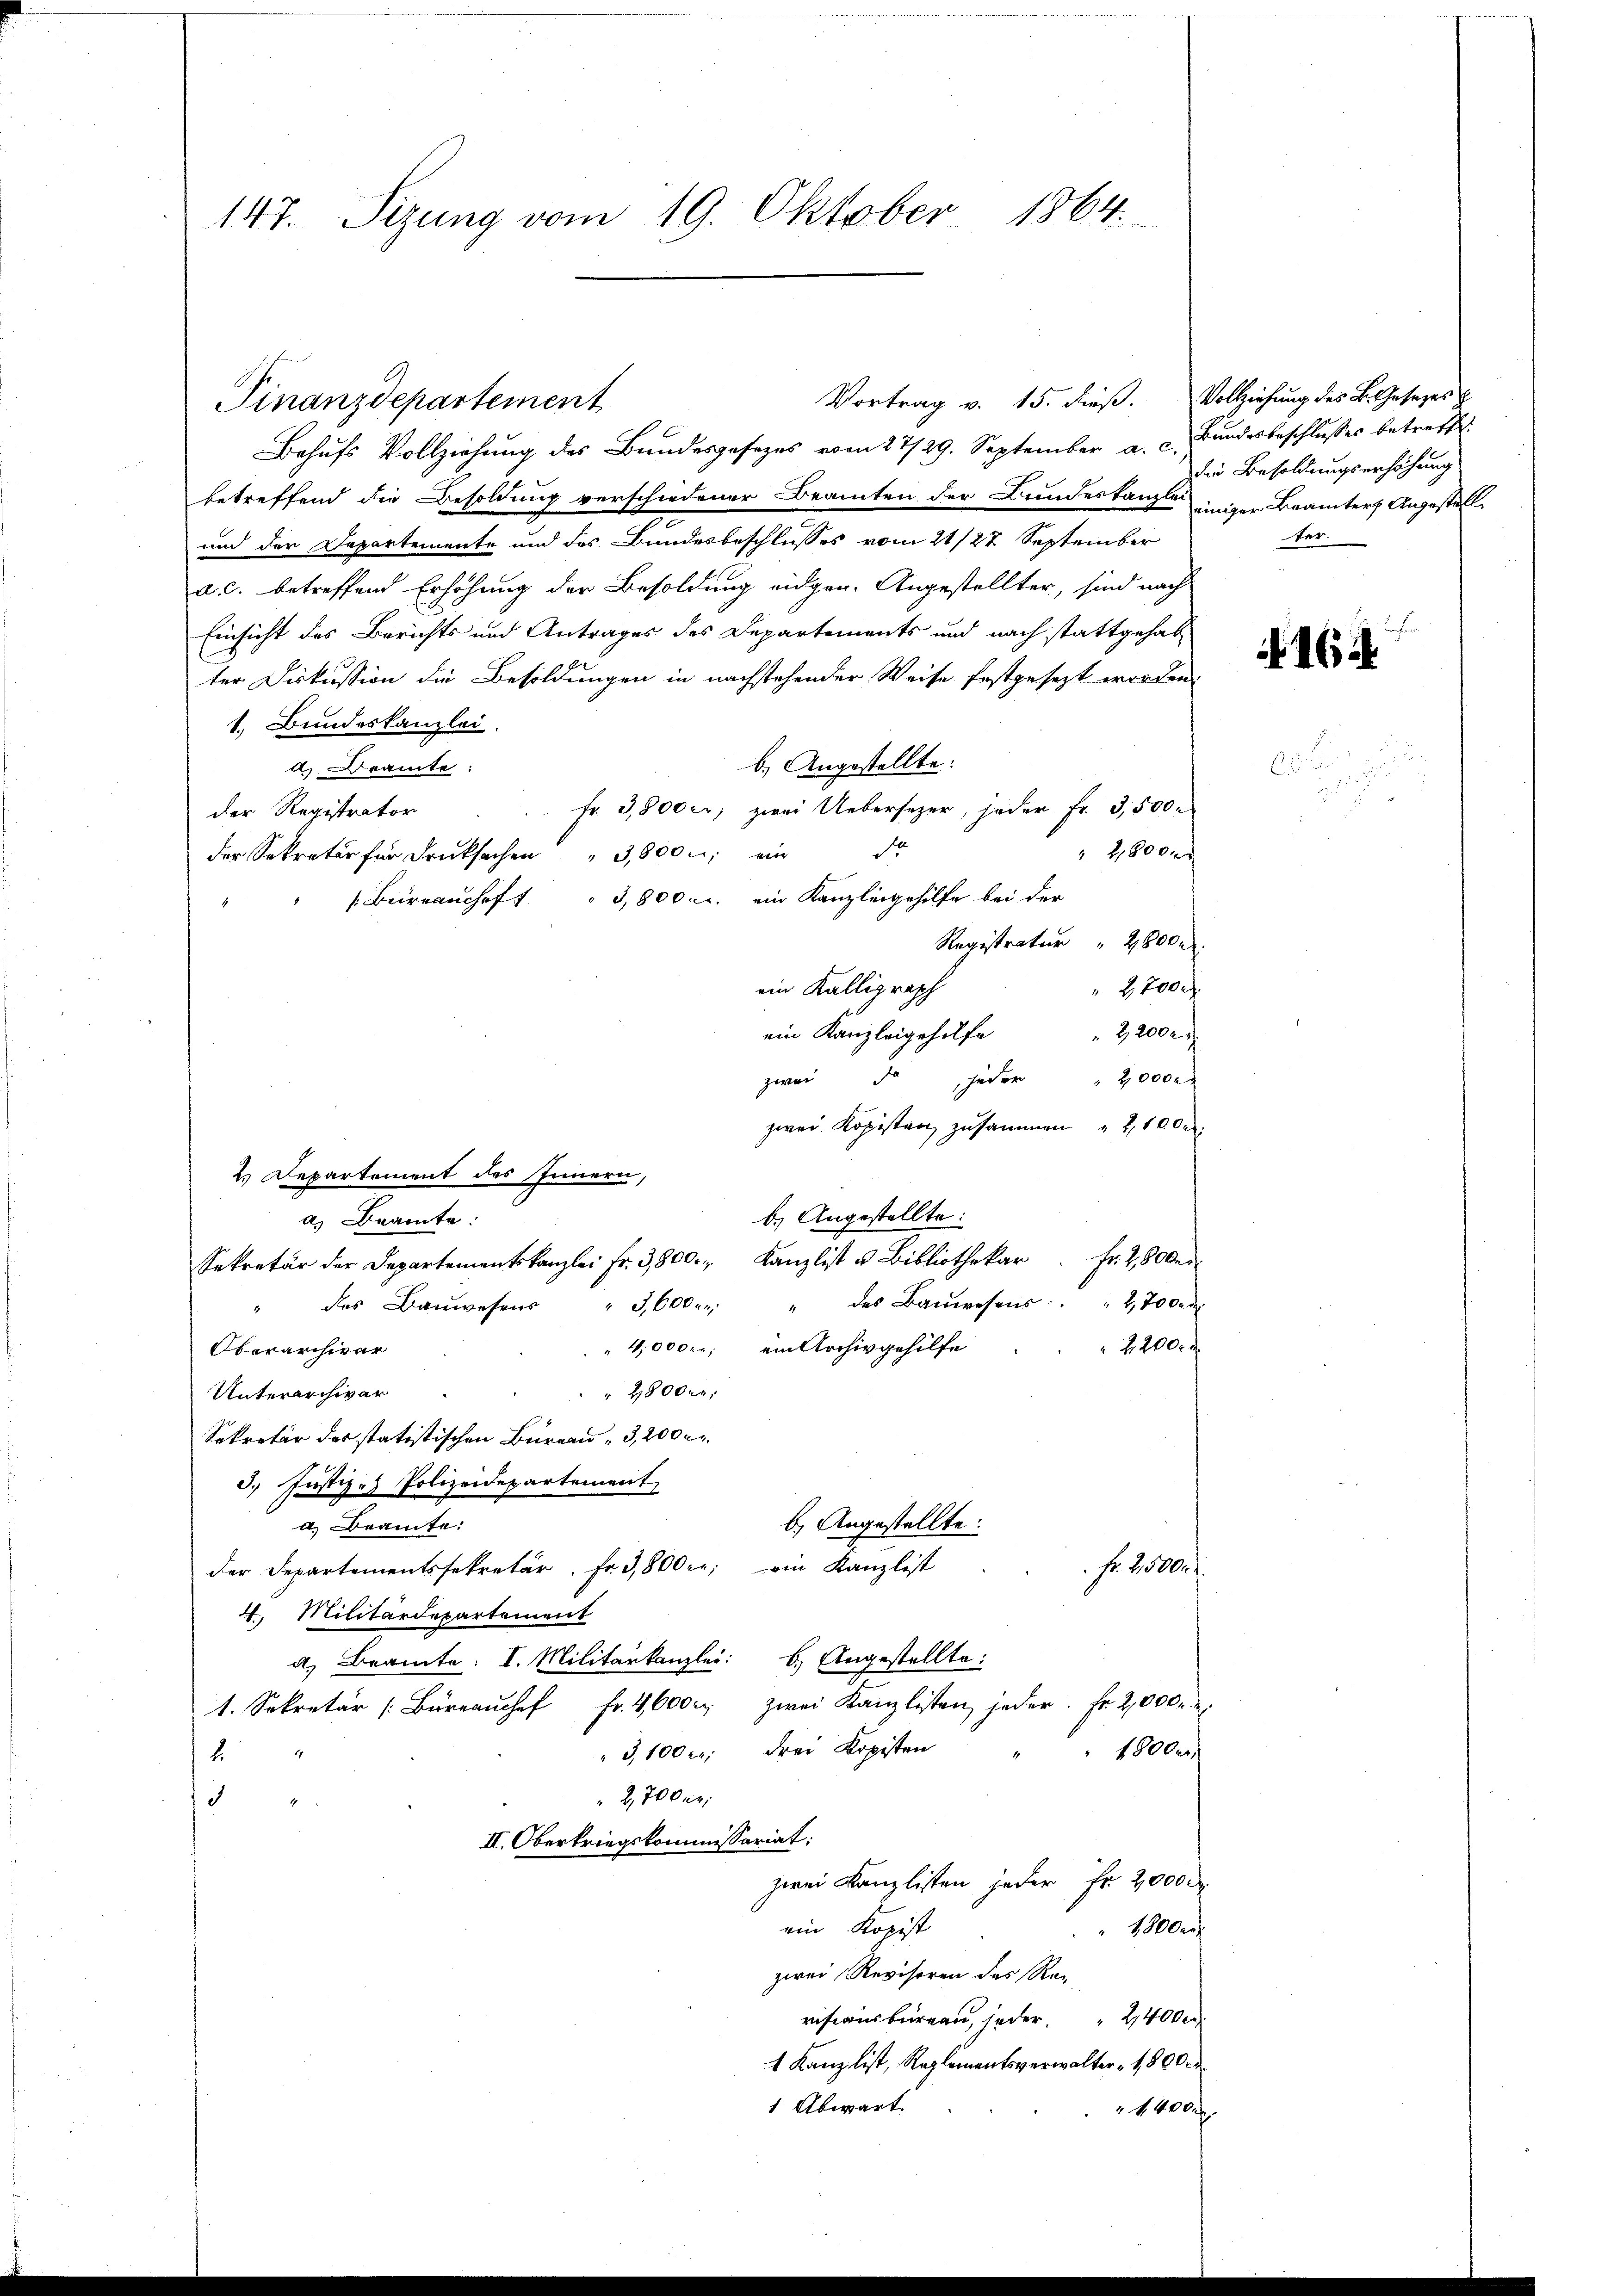
147. Sizung vom 19. Oktober 1864.

Behufs Vollziehung des Bundesgesezes vom 27/29. September a. c.,
betreffend die Besoldung verschiedener Beamten der Bundeskanzlei einiger Beamter Angestell
und der Departemente und des Bundesbeschlusses vom 21/27. September
a.c. betreffend Erhöhung der Besoldung eidgen. Angestellter, sind nach
Einsicht des Berichts und Antrages des Departements und nach stattgehabter Diskussion die Besoldungen in nachstehender Weise festgesezt worden.
1. Bundeskanzlei.
b.) Angestellte.
 Beamte:
Fr. 3,800 er, zwei Uebersezer, jeder Fr. 3,500.
der Registrator
e
 2800 x
der Sekretär für Drucksachen " 3,800. ein
Beiranchef " 3,800 r. ein Kanzlingehilfe bei der
Registratur 28000.
ein Källigraph
 2,700
ein Kanzleigehilfe
22002
zwei de jeder
2000 f
zwei Kopisten zusammen „Z,1000
b.) Angestellte:
a. Beamte:
Sekretär der Departementskanzlei Fr. 3800. Kanzlist u. Bibliothekar . Fr. 2, 80 den
" des Baŭwesen " 3,600 " des Baŭwesens. " 2700 an
22000
4,000. ein Archivgehilfe
Oberarchiver
Unterarchivar
2800 fr.
Sekretär des statistischen Büreau " 3,200 r.
3. Justiz- Polizeidepartement,
b.) Angestellte:
d. Beamte:
der Departementssekretär. Fr. 3,800 r. ein Kanzlist
Fr. 2500.
4. Militärdepartement
a. Beamte: I. Militärkanzlei: b.) Angestellte:
1. Sekretär [Büreaŭchef Fr. 4600 r. zwei Kanzlisten jeder. Fr. 2,000.
"3,100 er drei Kopisten
18000
2.
2,700 er
3
.
II. Oberkriegskommissariat:
zwei Kanzlisten jeder Fr. 2000
ein Kopist
 48000
zwei Revisoren des Re-
riserinbüreau, jeder " 24000
1 Kanzlist, Reglementsverwalter 1800 r
1 Abwart
 1400 Fr.

Finanzdepartement

2. Departement des Innern,

Vortrag v. 15. dieß. Vollziehung des B. Gesetzes z

Bundesbeschlosses betreffe.
die Besoldungserhöhung
ter.

162